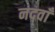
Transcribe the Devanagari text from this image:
नदवाँ